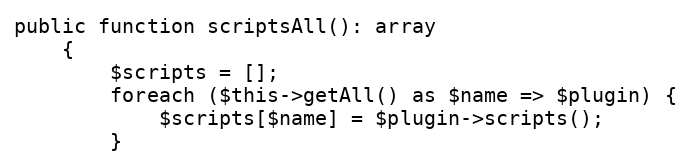
Language: PHP
public function scriptsAll(): array
    {
        $scripts = [];
        foreach ($this->getAll() as $name => $plugin) {
            $scripts[$name] = $plugin->scripts();
        }